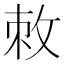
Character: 敇